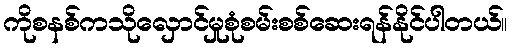
ကိုစနစ်ကသိုလှောင်မှုစုံစမ်းစစ်ဆေးရန်နိုင်ပါတယ်။